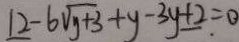
1 2 - 6 \sqrt { y + 3 } + y - 3 y \pm 2 . = 0